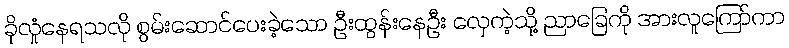
ခိုလှုံနေရသလို စွမ်းဆောင်ပေးခဲ့သော ဦးထွန်းနေဦး လှေကဲ့သို့ ညာခြေကို အားလူကြော်ကာ